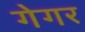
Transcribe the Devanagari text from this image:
गेगर